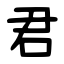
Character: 君